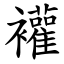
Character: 䙮